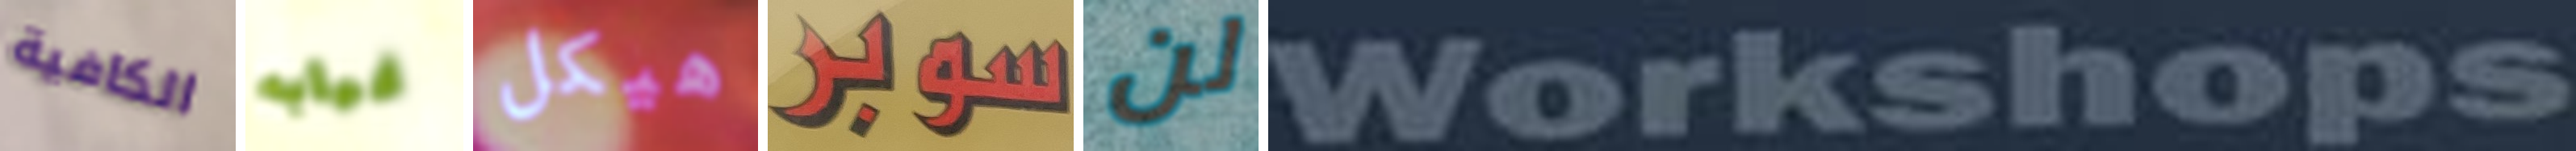
الكافية غيابه هيكل سوبر لن Workshops